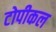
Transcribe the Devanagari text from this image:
टोपीकल